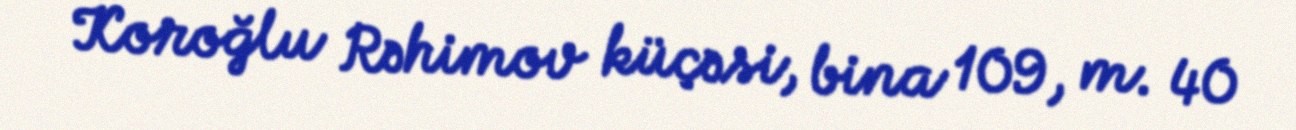
Koroğlu Rəhimov küçəsi, bina 109, m. 40